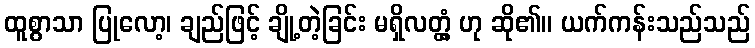
ထူစွာသာ ပြုလော့၊ ချည်ဖြင့် ချို့တဲ့ခြင်း မရှိလတ္တံ့ ဟု ဆို၏။ ယက်ကန်းသည်သည်